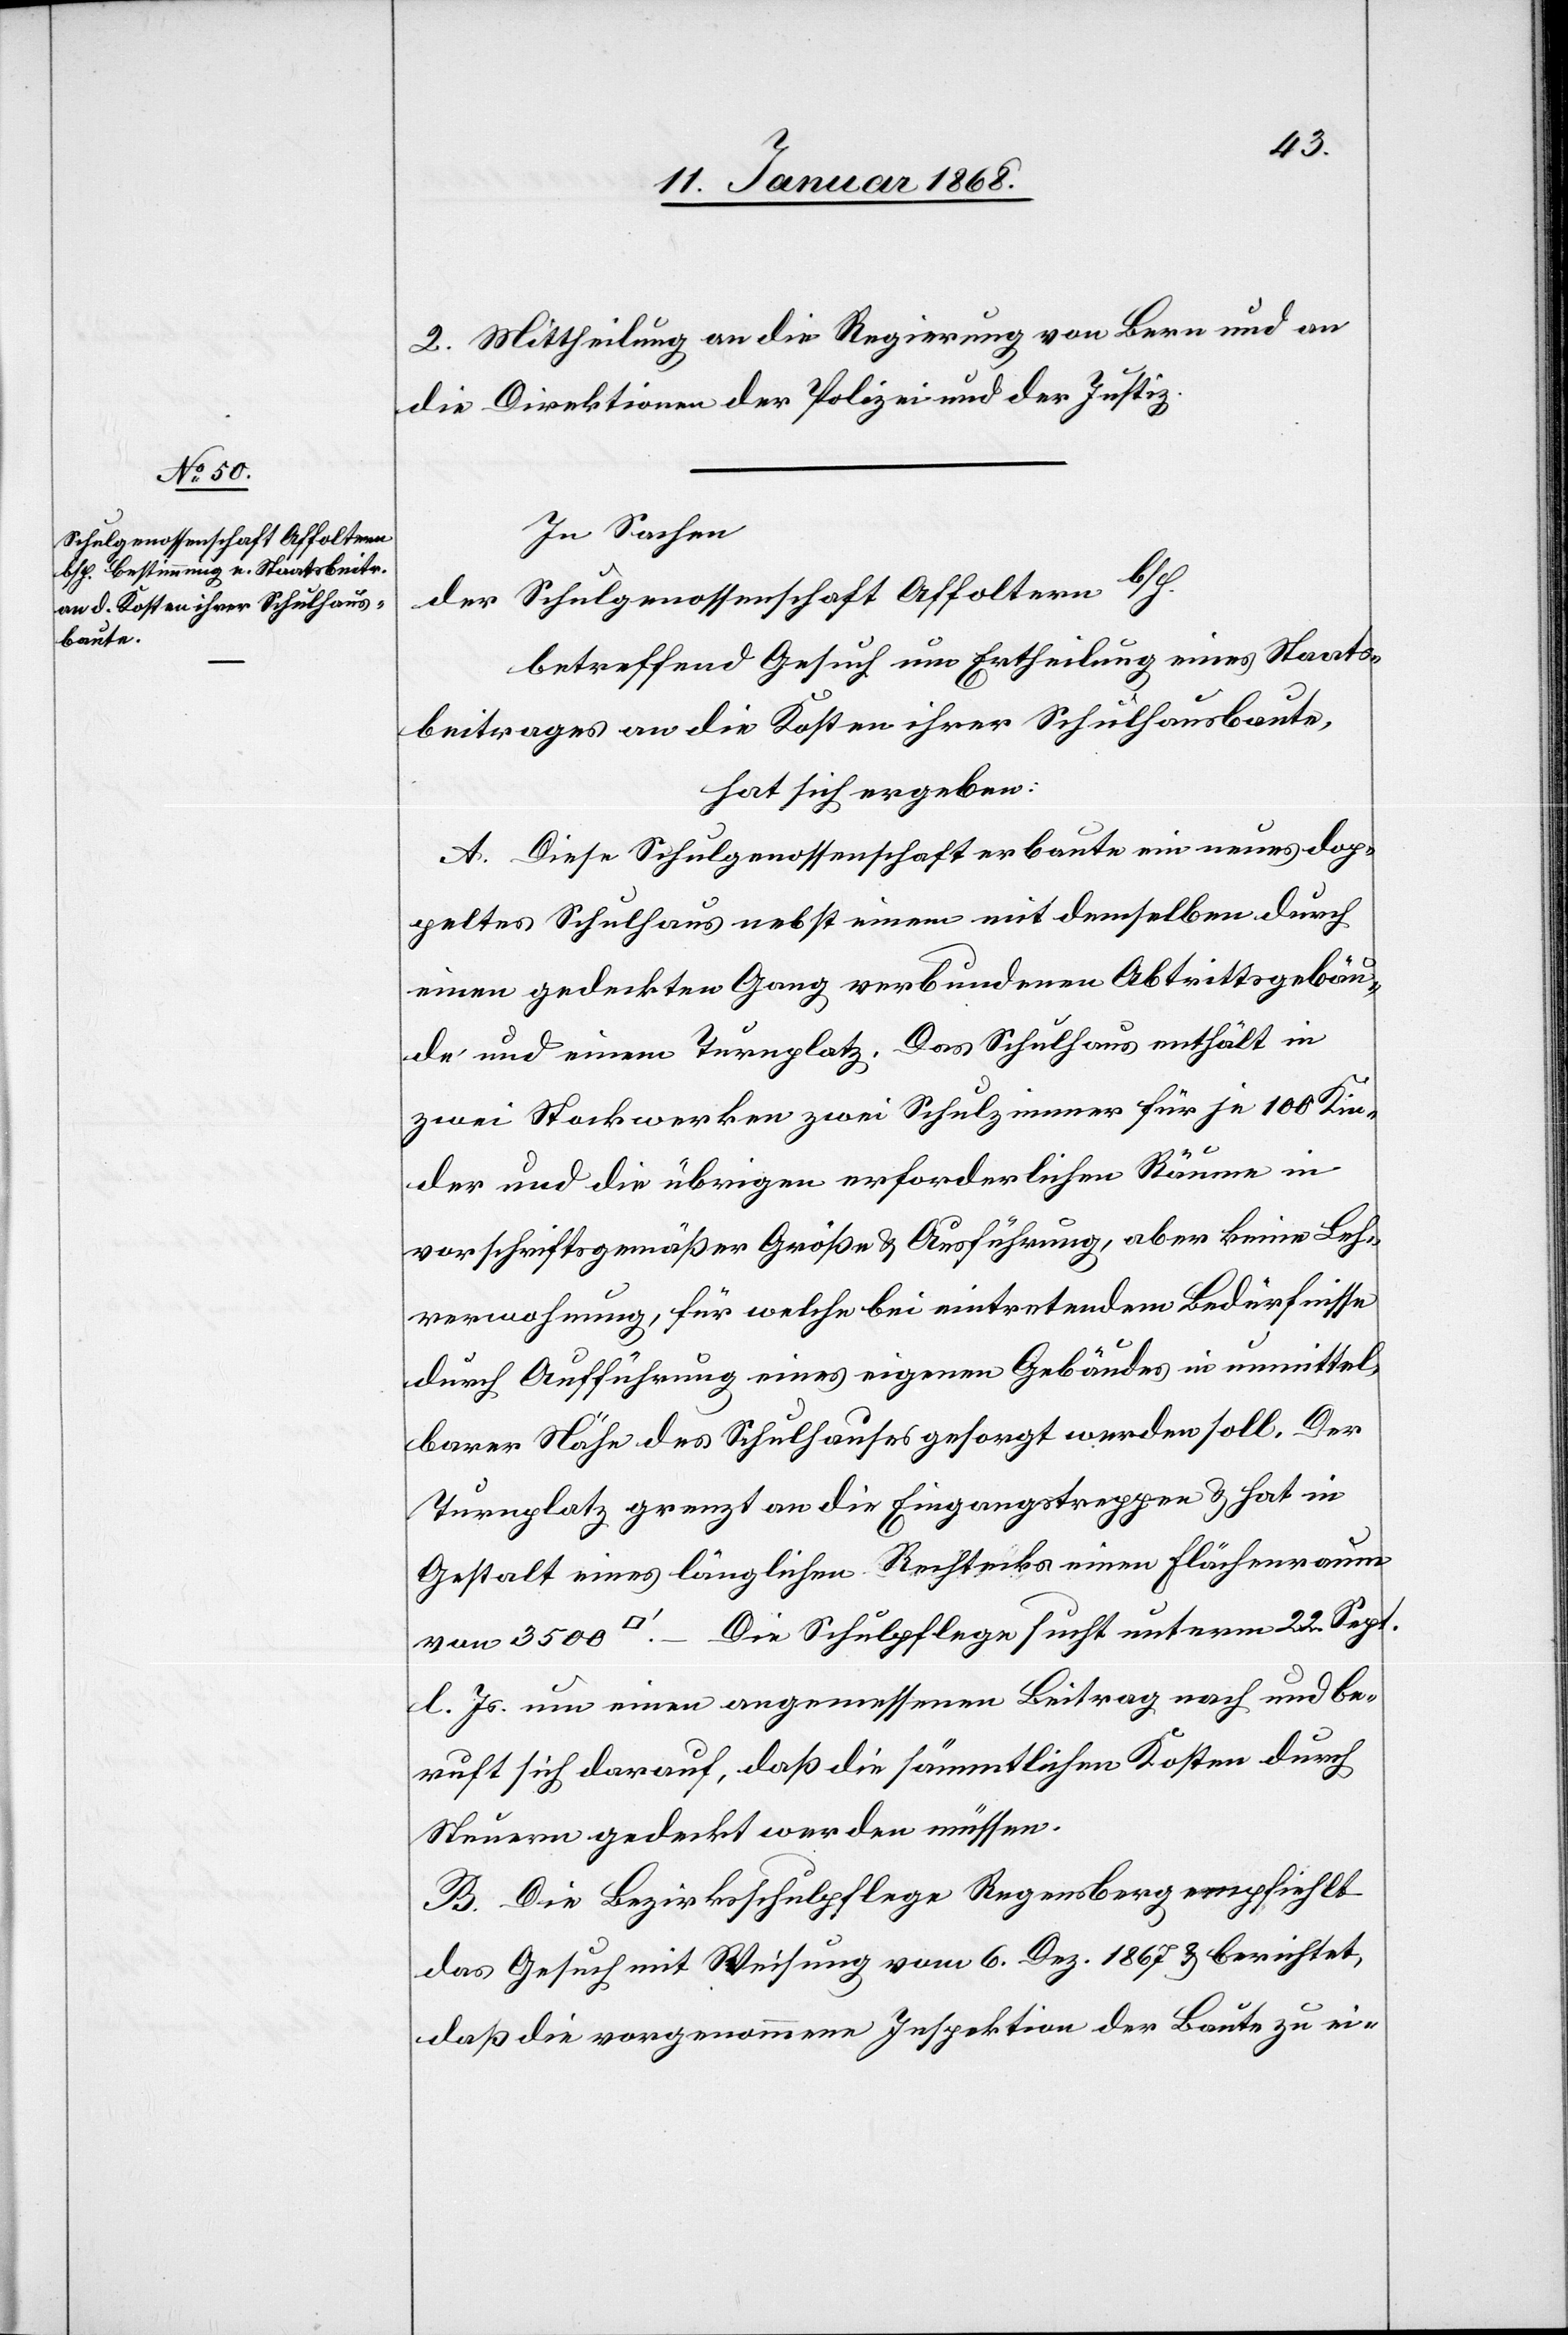
Schulgenossenschaft Affoltern

2. Mittheilung an die Regierung von Bern und an
die Direktionen der Polizei und der Justiz.
In Sachen
der
betreffend Gesuch um Ertheilung eines Staats¬
beitrages an die Kosten ihrer Schulhausbaute,
hat sich ergeben:
A. Diese Schulgenossenschaft erbaute ein neues dop¬
peltes Schulhaus nebst einem mit demselben durch
einen gedeckten Gang verbundenen Abtrittsgebäu¬
de und einem Turnplatz. Das Schulhaus enthält in
zwei Stockwerken zwei Schulzimmer für je 100 Kin¬
der und die übrigen erforderlichen Räume in
vorschriftsgemäßer Größe & Ausführung, aber keine Leh¬
rerwohnung, für welche bei eintretendem Bedürfnisse
durch Aufführung eines eigenen Gebäudes in unmittel¬
barer Nähe des Schulhauses gesorgt werden soll. Der
Turnplatz grenzt an die Eingangstreppen & hat in
Gestalt eines länglichen Rechtecks einen Flächenraum
von 3500 [Quadratfuß]. – Die Schulpflege sucht unterm 22. Sept.
l. Js. um einen angemessenen Beitrag nach und be¬
ruft sich darauf, daß die sämmtlichen Kosten durch
Steuern gedeckt werden müssen.
B. Die Bezirksschulpflege Regensberg empfiehlt
das Gesuch mit Weisung vom 6. Dez. 1867 & berichtet,
daß die vorgenommene Inspektion der Baute zu ei-